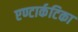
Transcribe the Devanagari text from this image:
एण्टार्कटिका